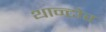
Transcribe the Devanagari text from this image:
थान्टोर